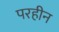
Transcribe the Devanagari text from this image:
परहीन